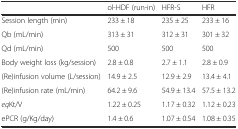
<table><thead><tr><td></td><td><b>ol-HDF (run-in)</b></td><td><b>HFR-S</b></td><td><b>HFR</b></td></tr></thead><tbody><tr><td>Session length (min)</td><td>233 ± 18</td><td>235 ± 25</td><td>233 ± 16</td></tr><tr><td>Qb (mL/min)</td><td>313 ± 31</td><td>312 ± 31</td><td>301 ± 32</td></tr><tr><td>Qd (mL/min)</td><td>500</td><td>500</td><td>500</td></tr><tr><td>Body weight loss (kg/session)</td><td>2.8 ± 0.8</td><td>2.7 ± 1.1</td><td>2.8 ± 0.9</td></tr><tr><td>(Re)infusion volume (L/session)</td><td>14.9 ± 2.5</td><td>12.9 ± 2.9</td><td>13.4 ± 4.1</td></tr><tr><td>(Re)infusion rate (mL/min)</td><td>64.2 ± 9.6</td><td>54.9 ± 13.4</td><td>57.5 ± 13.2</td></tr><tr><td><i>eq</i>Kt/V</td><td>1.22 ± 0.25</td><td>1.17 ± 0.32</td><td>1.12 ± 0.23</td></tr><tr><td>ePCR (g/Kg/day)</td><td>1.4 ± 0.6</td><td>1.07 ± 0.54</td><td>1.08 ± 0.35</td></tr></tbody></table>